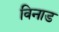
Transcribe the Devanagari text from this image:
विनाड